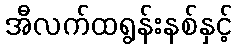
အီလက်ထရွန်းနစ်နှင့်